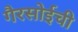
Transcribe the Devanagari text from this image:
गैरसोईची